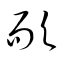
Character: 耏